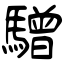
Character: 驓